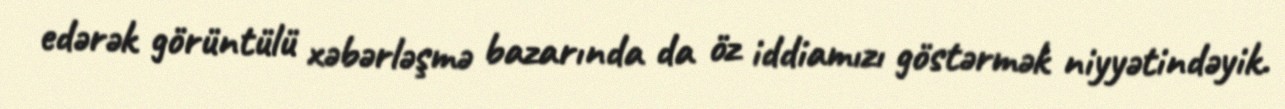
edərək görüntülü xəbərləşmə bazarında da öz iddiamızı göstərmək niyyətindəyik.